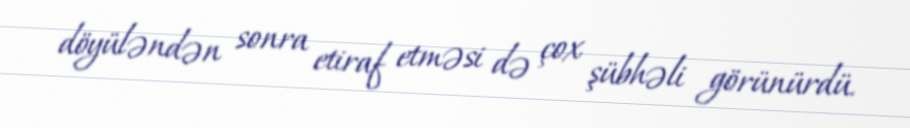
döyüləndən sonra etiraf etməsi də çox şübhəli görünürdü.